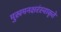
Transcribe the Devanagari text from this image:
मुखमनक्षरंस्वाकृते